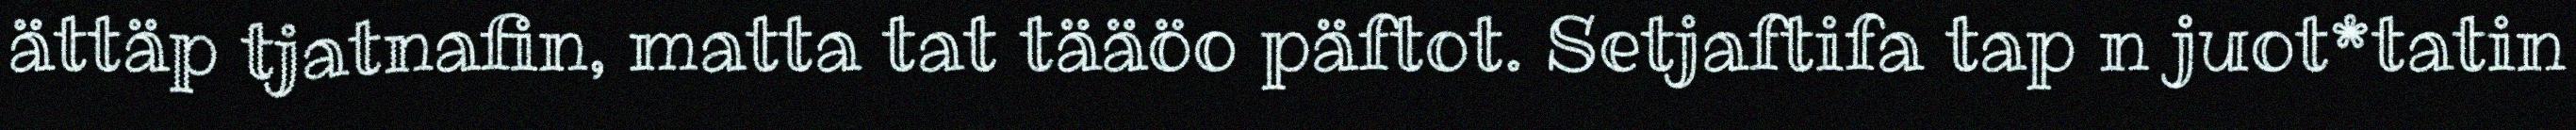
ättäp tjatnafin, matta tat tääöo päftot. Setjaftifa tap n juot*tatin